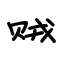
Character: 贼